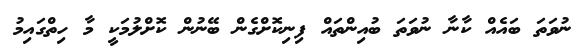
ނުވަތަ ބައެއް ކާނާ ނުވަތަ ބުއިންތައް ފިނިކޮށްގެން ބޭނުން ކޮށްލުމަކީ މާ ހިތްގައިމު